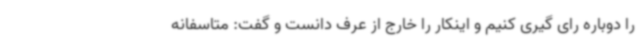
را دوباره رای گیری کنیم و اینکار را خارج از عرف دانست و گفت: متاسفانه